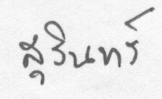
สุรินทร์